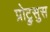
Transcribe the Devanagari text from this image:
प्रोट्रुसुस